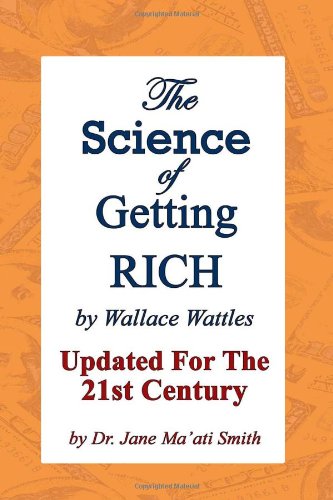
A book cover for The Science Of Getting Rich: Updated For The 21St Century By Dr. Jane Ma'Ati Smith; Wallace Wattles; Business & Money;